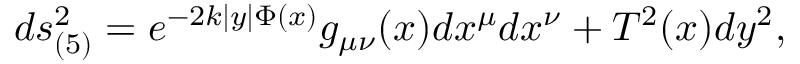
d s _ { ( 5 ) } ^ { 2 } = e ^ { - 2 k | y | \Phi ( x ) } g _ { \mu \nu } ( x ) d x ^ { \mu } d x ^ { \nu } + T ^ { 2 } ( x ) d y ^ { 2 } ,